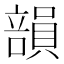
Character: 𥪾